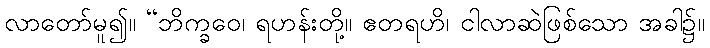
လာတော်မူ၍။ “ဘိက္ခဝေ၊ ရဟန်းတို့။ ဧတရဟိ၊ ငါလာဆဲဖြစ်သော အခါ၌။